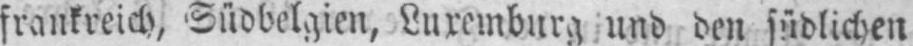
frankreich, Südbelgien, Luxemburg und den südlichen